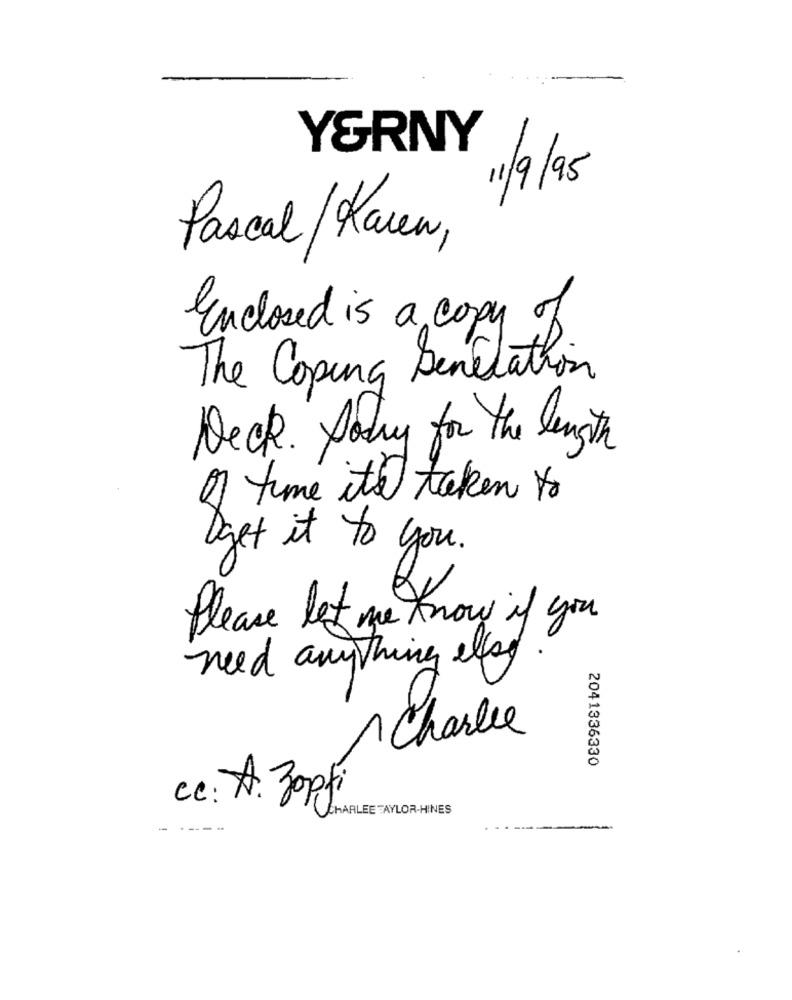
Y&RNY
11/9/95
Pascal / Karen,
Enclosed is a copy of
The Coping Sanitation
Deck. Sorry for the length
of time it's taken to
Oget it to you.
Please let me know if you
need anything else.
1 Charlie
2041336330
cc: A. Zopfi
HARLEE TAYLOR-HINES
-